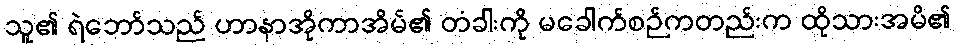
သူ၏ ရဲဘော်သည် ဟာနာအိုကာအိမ်၏ တံခါးကို မခေါက်စဉ်ကတည်းက ထိုသားအမိ၏